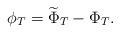
LaTeX: \begin{align*}\phi_T = \widetilde{\Phi}_T -\Phi_T. \end{align*}